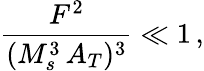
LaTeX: \frac{F^{2}}{(M_{s}^{3}\, A_{T})^{3}}\ll 1\, ,